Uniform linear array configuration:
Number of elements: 48
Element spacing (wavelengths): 0.25
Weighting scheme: hamming
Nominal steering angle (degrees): -30
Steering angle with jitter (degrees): -31.579
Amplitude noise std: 0.05
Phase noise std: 0.05

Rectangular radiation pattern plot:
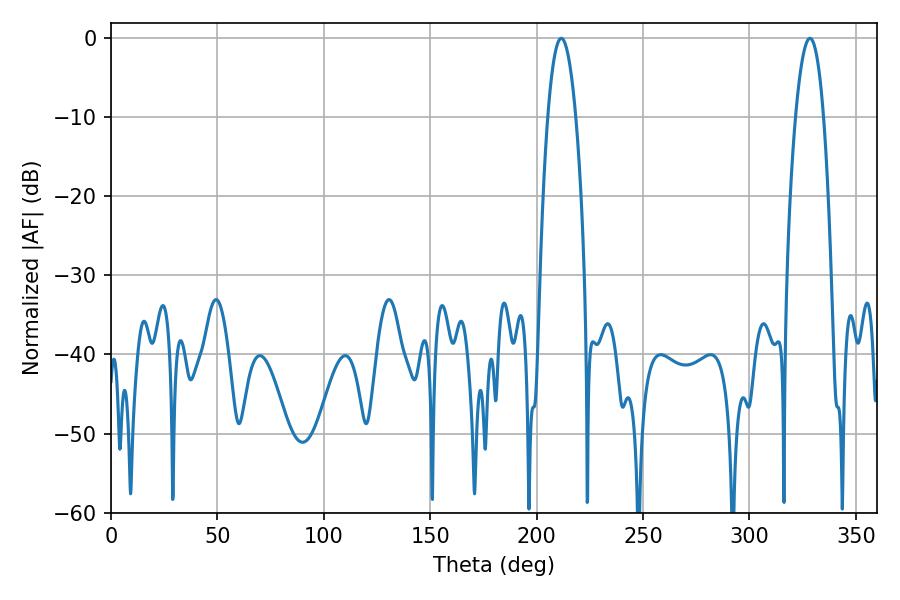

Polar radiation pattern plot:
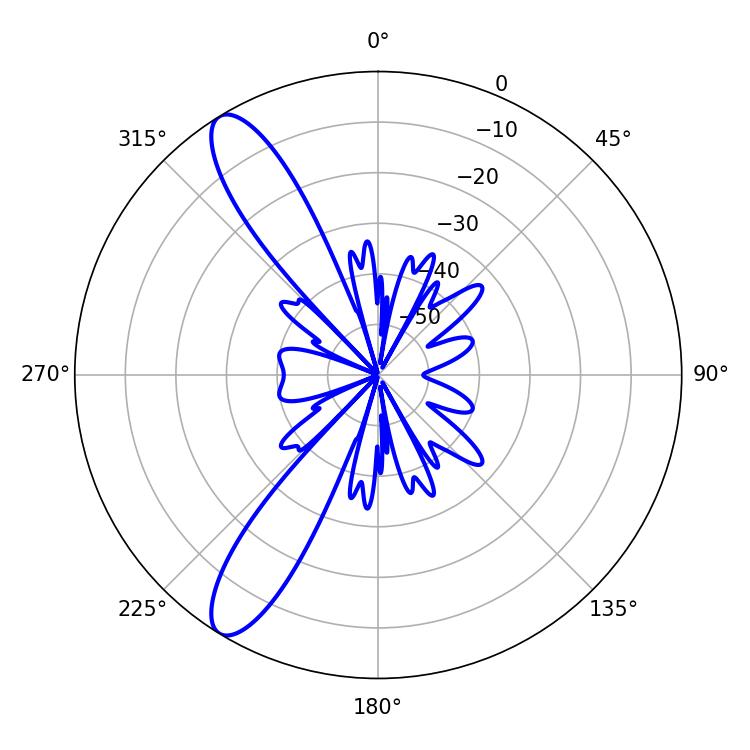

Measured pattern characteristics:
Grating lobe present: FALSE
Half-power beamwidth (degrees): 7.2
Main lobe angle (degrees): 211.5